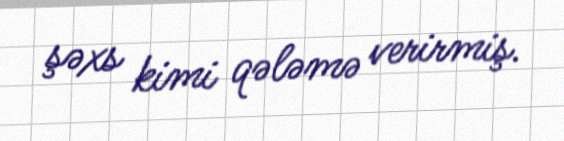
şəxs kimi qələmə verirmiş.